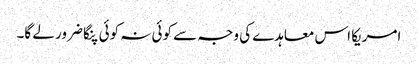
امریکا اس معاہدے کی وجہ سے کوئی نہ کوئی پنگا ضرور لے گا۔